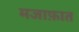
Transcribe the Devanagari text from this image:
मजाफ़ात